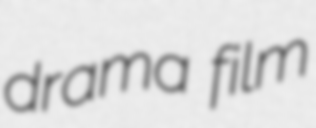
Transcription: drama film